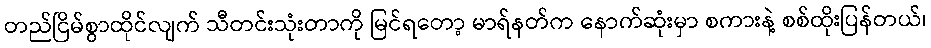
တည်ငြိမ်စွာထိုင်လျက် သီတင်းသုံးတာကို မြင်ရတော့ မာရ်နတ်က နောက်ဆုံးမှာ စကားနဲ့ စစ်ထိုးပြန်တယ်၊